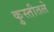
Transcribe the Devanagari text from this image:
कुस्तीतले